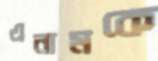
এনামকে